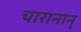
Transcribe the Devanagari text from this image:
चारानान्